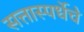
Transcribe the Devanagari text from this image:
सत्तास्पर्धेचे